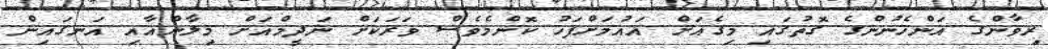
ރިވާންގެ އަންހެނުންގެ ގޮތުގައި މިގެއަށް އައުމަށްފަހު ކޮންމެވެސް ވަރަކަށް ނަދީމްއަށް މިލާންއާއި އަނގައިން